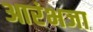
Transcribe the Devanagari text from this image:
आरंभजा